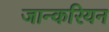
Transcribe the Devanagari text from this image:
जान्करियन